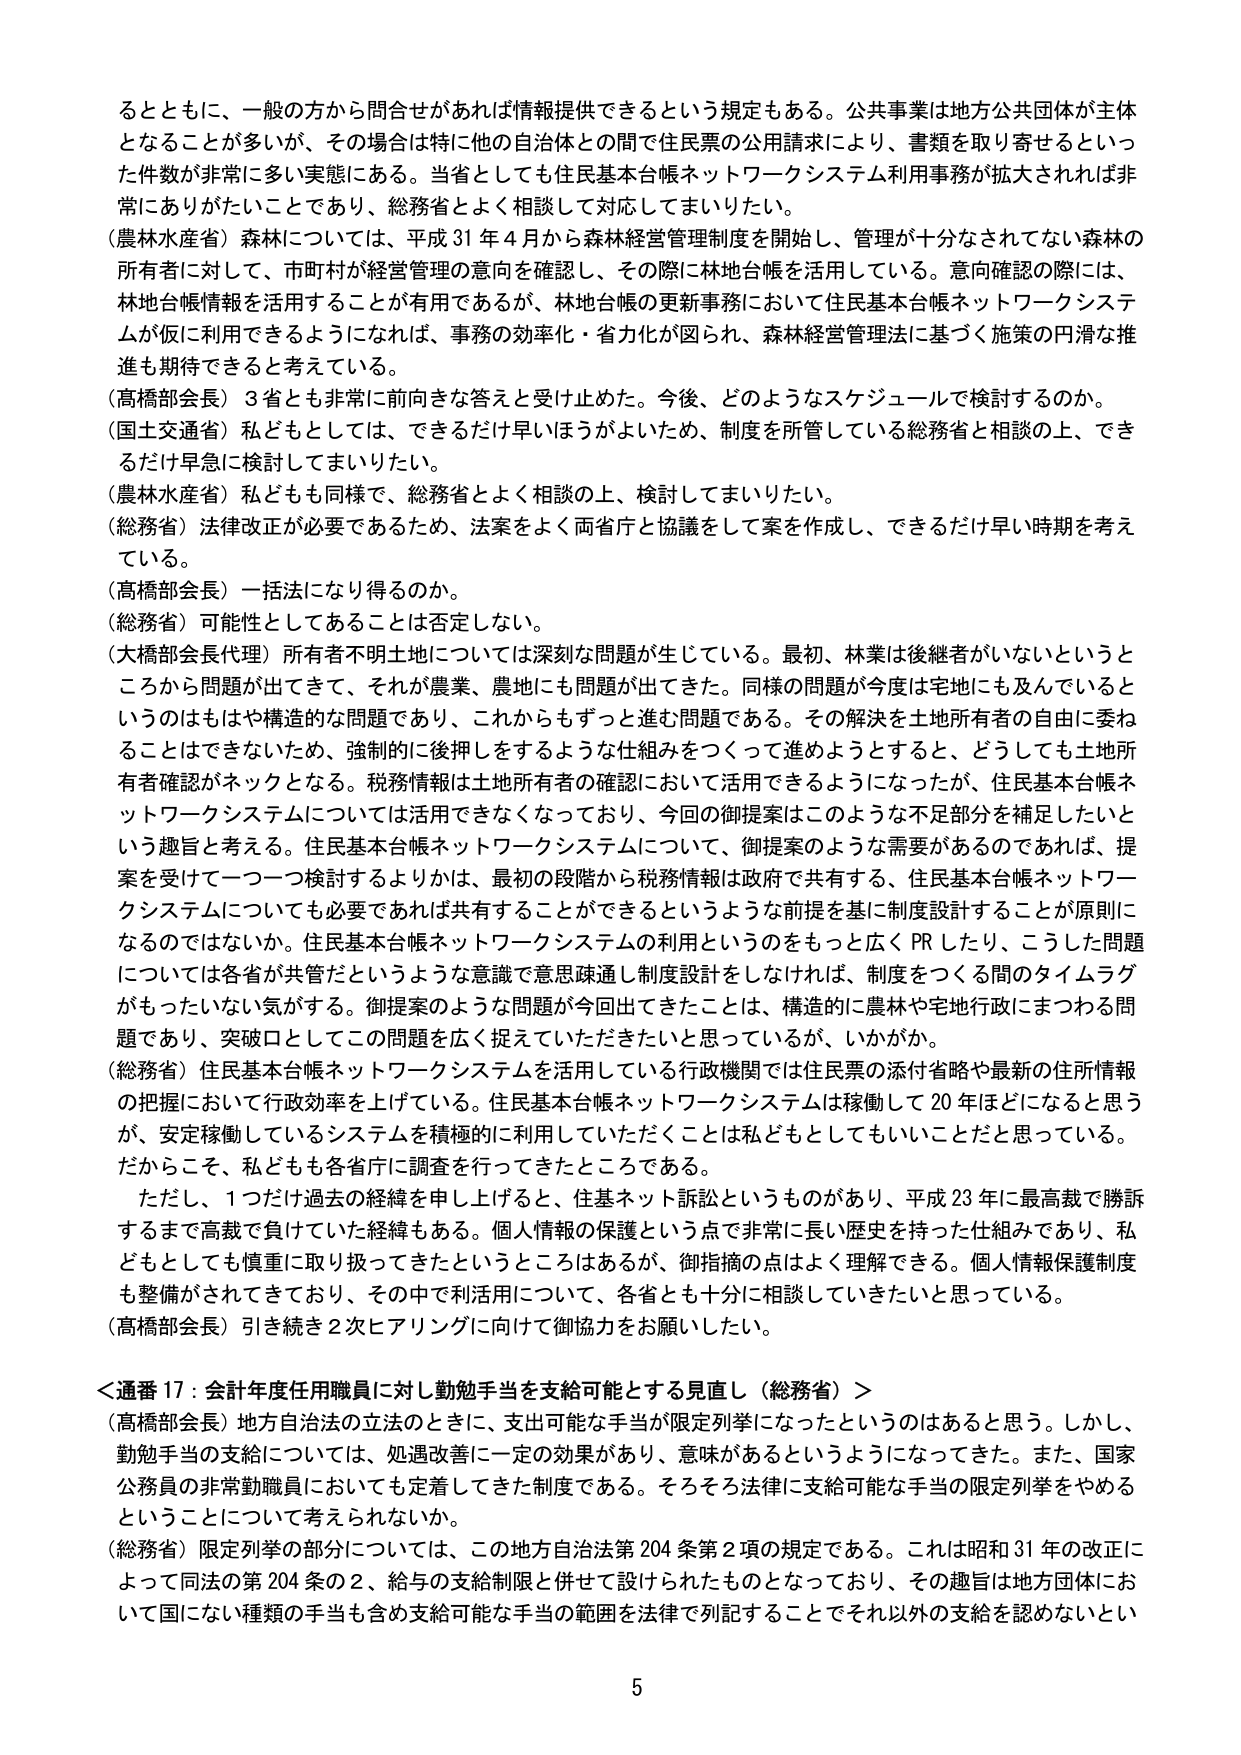
るとともに、一般の方から問合せがあれば情報提供できるという規定もある。公共事業は地方公共団体が主体となることが多いが、その場合は特に他の自治体との間で住民票の公用請求により、書類を取り寄せるといった件数が非常に多い実態にある。当省としても住民基本台帳ネットワークシステム利用事務が拡大されれば非常にありがたいことであり、総務省とよく相談して対応してまいりたい。

（農林水産省）森林については、平成31年4月から森林経営管理制度を開始し、管理が十分なされてない森林の所有者に対して、市町村が経営管理の意向を確認し、その際に林地台帳を活用している。意向確認の際には、林地台帳情報を活用することが有用であるが、林地台帳の更新事務において住民基本台帳ネットワークシステムが仮に利用できるようになれば、事務の効率化・省力化が図られ、森林経営管理法に基づく施策の円滑な推進も期待できると考えている。

（高橋部会長）3省とも非常に前向きな答えと受け止めた。今後、どのようなスケジュールで検討するのか。

（国土交通省）私どもとしては、できるだけ早いほうがよいため、制度を所管している総務省と相談の上、できるだけ早急に検討してまいりたい。

（農林水産省）私どもも同様で、総務省とよく相談の上、検討してまいりたい。

（総務省）法律改正が必要であるため、法案をよく両省庁と協議をして案を作成し、できるだけ早い時期を考えている。

（高橋部会長）一括法になり得るのか。

（総務省）可能性としてあることは否定しない。

（大橋部会長代理）所有者不明土地については深刻な問題が生じている。最初、林業は後継者がいないというところから問題が出てきて、それが農業、農地にも問題が出てきた。同様の問題が今度は宅地にも及んでいるというのはもはや構造的な問題であり、これからもずっと進む問題である。その解決を土地所有者の自由に委ねることはできないため、強制的に後押しをするような仕組みをつくって進めようとするとき、どうしても土地所有者確認がネックとなる。税務情報は土地所有者の確認において活用できるようになったが、住民基本台帳ネットワークシステムについては活用できなくなっており、今回の御提案はこのような不足部分を補足したいという趣旨と考える。住民基本台帳ネットワークシステムについて、御提案のような需要があるのであれば、提案を受けて一つ一つ検討するよりかは、最初の段階から税務情報は政府で共有する、住民基本台帳ネットワークシステムについても必要であれば共有することができるというような前提を基に制度設計することが原則になるのではないか。住民基本台帳ネットワークシステムの利用というのをもっと広くPRしたり、こうした問題については各省が共管だというような意識で意思疎通し制度設計をしなければ、制度をつくる間のタイムラグがもったいない気がする。御提案のような問題が今回出てきたことは、構造的に農林や宅地行政にまつわる問題であり、突破口としてこの問題を広く捉えていただきたいと思っているが、いかがか。

（総務省）住民基本台帳ネットワークシステムを活用している行政機関では住民票の添付省略や最新の住所情報の把握において行政効率を上げている。住民基本台帳ネットワークシステムは稼働して20年ほどになると思うが、安定稼働しているシステムを積極的に利用していただくことは私どもとしてもいいことだと思っている。だからこそ、私どもも各省庁に調査を行ってきたところである。

ただし、1つだけ過去の経緯を申し上げると、住基ネット訴訟というものがあり、平成23年に最高裁で勝訴するまで高裁で負けていた経緯もある。個人情報の保護という点で非常に長い歴史を持った仕組みであり、私どもとしても慎重に取り扱ってきたというところはあるが、御指摘の点はよく理解できる。個人情報保護制度も整備がされてきており、その中で利用について、各省とも十分に相談していきたいと思っている。

（高橋部会長）引き続き2次ヒアリングに向けて御協力をお願いしたい。

＜通番17：会計年度任用職員に対し勤勉手当を支給可能とする見直し（総務省）＞

（高橋部会長）地方自治法の立法のときに、支出可能な手当が限定列挙になったというのはあると思う。しかし、勤勉手当の支給については、処遇改善に一定の効果があり、意味があるというようになってきた。また、国家公務員の非常勤職員においても定着してきた制度である。そろそろ法律に支給可能な手当の限定列挙をやめるということについて考えられないか。

（総務省）限定列挙の部分については、この地方自治法第204条第2項の規定である。これは昭和31年の改正によって同法の第204条の2、給与の支給制限と併せて設けられたものとなっており、その趣旨は地方団体において国にない種類の手当も含め支給可能な手当の範囲を法律で列記することでそれ以外の支給を認めないとい

5